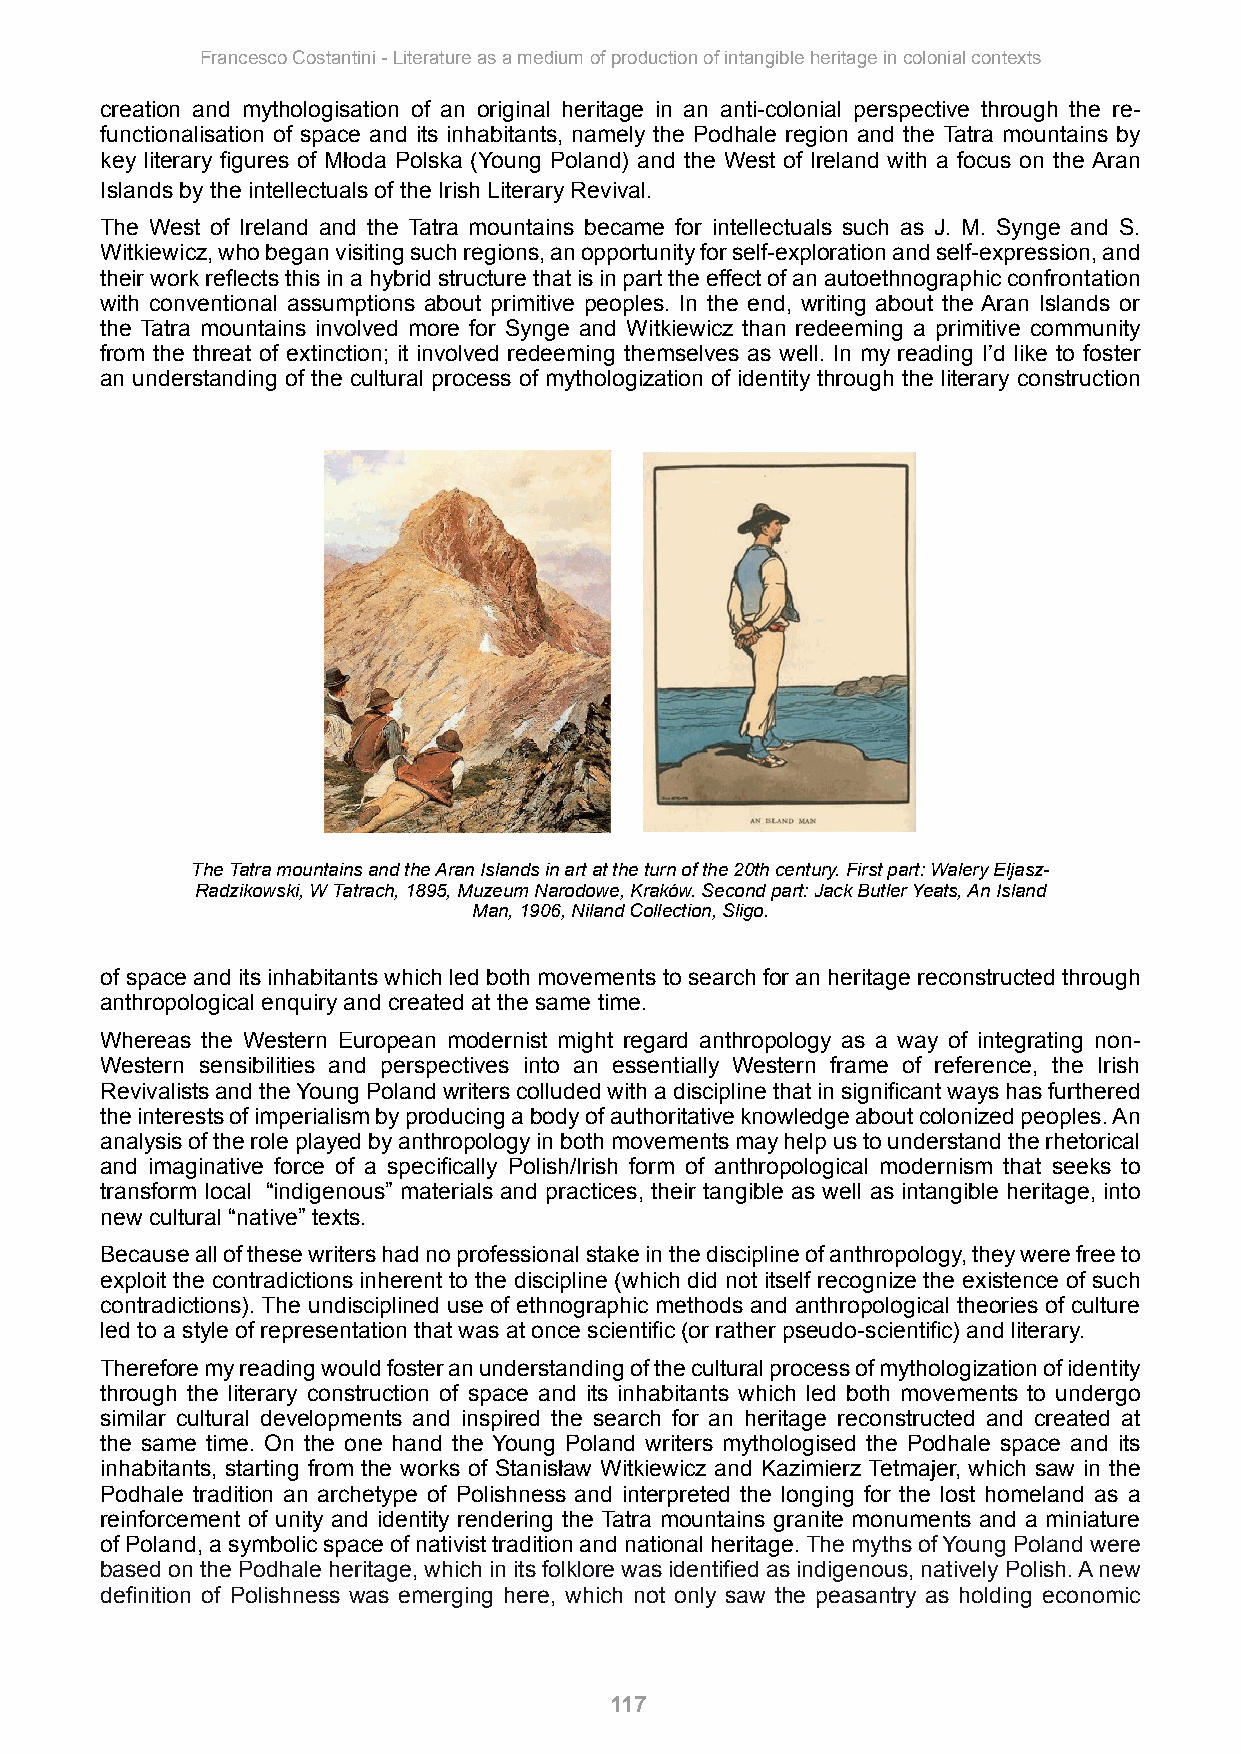
Francesco Costantini - Literature as a medium of production of intangible heritage in colonial contexts
 creation and mythologisation of an original heritage in an anti-colonial perspective through the re-
 functionalisation of space and its inhabitants, namely the Podhale region and the Tatra mountains by
 key literary figures of Młoda Polska (Young Poland) and the West of Ireland with a focus on the Aran
 Islands by the intellectuals of the Irish Literary Revival.
 The West of Ireland and the Tatra mountains became for intellectuals such as J. M. Synge and S.
 Witkiewicz, who began visiting such regions, an opportunity for self-exploration and self-expression, and
 their work reflects this in a hybrid structure that is in part the effect of an autoethnographic confrontation
 with conventional assumptions about primitive peoples. In the end, writing about the Aran Islands or
 the Tatra mountains involved more for Synge and Witkiewicz than redeeming a primitive community
 from the threat of extinction; it involved redeeming themselves as well. In my reading I’d like to foster
 an understanding of the cultural process of mythologization of identity through the literary construction
 The Tatra mountains and the Aran Islands in art at the turn of the 20th century. First part: Walery Eljasz-
 Radzikowski, W Tatrach, 1895, Muzeum Narodowe, Kraków. Second part: Jack Butler Yeats, An Island
 Man, 1906, Niland Collection, Sligo.
 of space and its inhabitants which led both movements to search for an heritage reconstructed through
 anthropological enquiry and created at the same time.
 Whereas the Western European modernist might regard anthropology as a way of integrating non-
 Western sensibilities and perspectives into an essentially Western frame of reference, the Irish
 Revivalists and the Young Poland writers colluded with a discipline that in significant ways has furthered
 the interests of imperialism by producing a body of authoritative knowledge about colonized peoples. An
 analysis of the role played by anthropology in both movements may help us to understand the rhetorical
 and imaginative force of a specifically Polish/Irish form of anthropological modernism that seeks to
 transform local “indigenous” materials and practices, their tangible as well as intangible heritage, into
 new cultural “native” texts.
 Because all of these writers had no professional stake in the discipline of anthropology, they were free to
 exploit the contradictions inherent to the discipline (which did not itself recognize the existence of such
 contradictions). The undisciplined use of ethnographic methods and anthropological theories of culture
 led to a style of representation that was at once scientific (or rather pseudo-scientific) and literary.
 Therefore my reading would foster an understanding of the cultural process of mythologization of identity
 through the literary construction of space and its inhabitants which led both movements to undergo
 similar cultural developments and inspired the search for an heritage reconstructed and created at
 the same time. On the one hand the Young Poland writers mythologised the Podhale space and its
 inhabitants, starting from the works of Stanisław Witkiewicz and Kazimierz Tetmajer, which saw in the
 Podhale tradition an archetype of Polishness and interpreted the longing for the lost homeland as a
 reinforcement of unity and identity rendering the Tatra mountains granite monuments and a miniature
 of Poland, a symbolic space of nativist tradition and national heritage. The myths of Young Poland were
 based on the Podhale heritage, which in its folklore was identified as indigenous, natively Polish. A new
 definition of Polishness was emerging here, which not only saw the peasantry as holding economic
 117